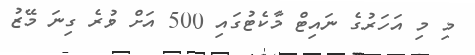
މި މި އަހަރުގެ ނައިޓް މާކެޓުގައި 500 އަށް ވުރެ ގިނަ މޭޒު